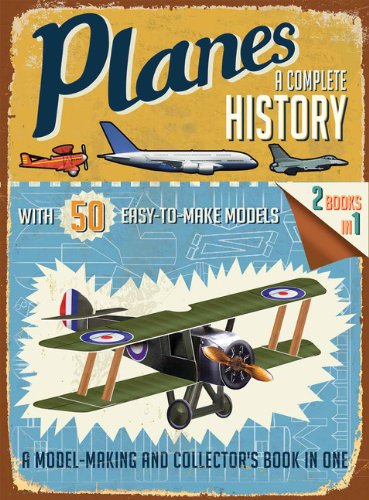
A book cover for Planes: A Complete History; R. G. Grant; History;